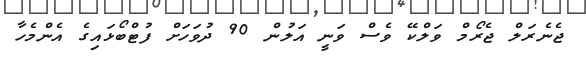
ޖެނެރަލް ޖެރޯމް ވަލްކޭ ވެސް ވަނީ އަލުން 90 ދުވަހަށް ފުޓްބޯޅައިގެ އެންމެހާ